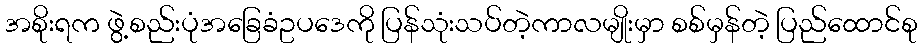
အစိုးရက ဖွဲ့စည်းပုံအခြေခံဥပဒေကို ပြန်သုံးသပ်တဲ့ကာလမျိုးမှာ စစ်မှန်တဲ့ ပြည်ထောင်စု